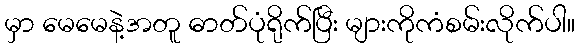
မှာ မေမေနဲ့အတူ ဓာတ်ပုံရိုက်ပြီး များကိုကံစမ်းလိုက်ပါ။